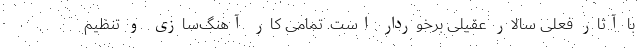
با آثار فعلی سالار عقیلی برخوردار است. تمامی کار آهنگ‌سازی و تنظیم